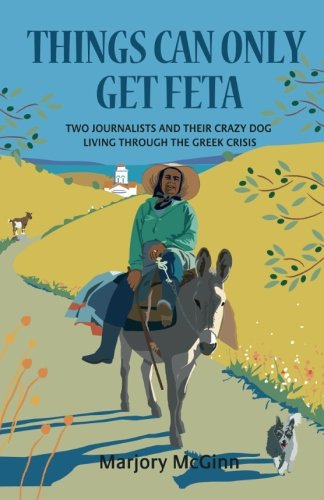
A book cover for Things Can Only Get Feta: Two journalists and their crazy dog living through the Greek crisis; Marjory McGinn; Travel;